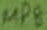
Text: MP8